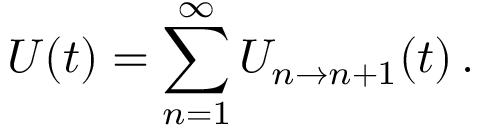
U ( t ) = \sum _ { n = 1 } ^ { \infty } U _ { n \to n + 1 } ( t ) \, .